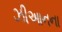
ઝીઆનના